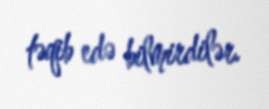
təqib edə bilmirdilər.